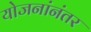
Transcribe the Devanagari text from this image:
योजनांनंतर